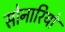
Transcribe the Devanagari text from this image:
सोनारियो